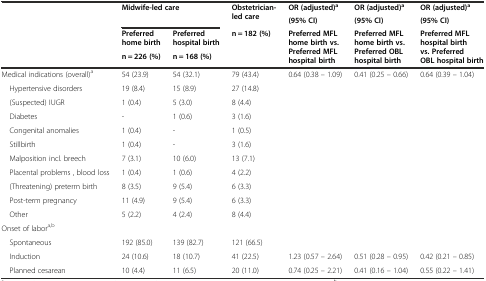
<table><thead><tr><td rowspan="2"></td><td rowspan="2" colspan="2"><b>Midwife-led care</b></td><td rowspan="2"><b>Obstetrician-led care</b></td><td><b>OR (adjusted)<sup>a</sup></b></td><td><b>OR (adjusted)<sup>a</sup></b></td><td><b>OR (adjusted)<sup>a</sup></b></td></tr><tr><td><b>(95% CI)</b></td><td><b>(95% CI)</b></td><td><b>(95% CI)</b></td></tr><tr><td rowspan="2"></td><td><b>Preferred home birth</b></td><td><b>Preferred hospital birth</b></td><td rowspan="2"><b>n = 182 (%)</b></td><td rowspan="2"><b>Preferred MFL home birth vs. Preferred MFL hospital birth</b></td><td rowspan="2"><b>Preferred MFL home birth vs. Preferred OBL hospital birth</b></td><td rowspan="2"><b>Preferred MFL hospital birth vs. Preferred OBL hospital birth</b></td></tr><tr><td><b>n = 226 (%)</b></td><td><b>n = 168 (%)</b></td></tr></thead><tbody><tr><td>Medical indications (overall)<sup>a</sup></td><td>54 (23.9)</td><td>54 (32.1)</td><td>79 (43.4)</td><td>0.64 (0.38 – 1.09)</td><td>0.41 (0.25 – 0.66)</td><td>0.64 (0.39 – 1.04)</td></tr><tr><td> Hypertensive disorders</td><td>19 (8.4)</td><td>15 (8.9)</td><td>27 (14.8)</td><td rowspan="10"></td><td rowspan="10"></td><td rowspan="10"></td></tr><tr><td> (Suspected) IUGR</td><td>1 (0.4)</td><td>5 (3.0)</td><td>8 (4.4)</td></tr><tr><td> Diabetes</td><td>-</td><td>1 (0.6)</td><td>3 (1.6)</td></tr><tr><td> Congenital anomalies</td><td>1 (0.4)</td><td>-</td><td>1 (0.5)</td></tr><tr><td> Stillbirth</td><td>1 (0.4)</td><td>-</td><td>3 (1.6)</td></tr><tr><td> Malposition incl. breech</td><td>7 (3.1)</td><td>10 (6.0)</td><td>13 (7.1)</td></tr><tr><td> Placental problems , blood loss</td><td>1 (0.4)</td><td>1 (0.6)</td><td>4 (2.2)</td></tr><tr><td> (Threatening) preterm birth</td><td>8 (3.5)</td><td>9 (5.4)</td><td>6 (3.3)</td></tr><tr><td> Post-term pregnancy</td><td>11 (4.9)</td><td>9 (5.4)</td><td>6 (3.3)</td></tr><tr><td> Other</td><td>5 (2.2)</td><td>4 (2.4)</td><td>8 (4.4)</td></tr><tr><td>Onset of labor<sup>a,</sup><sup>b</sup></td><td></td><td></td><td></td><td></td><td></td><td></td></tr><tr><td> Spontaneous</td><td>192 (85.0)</td><td>139 (82.7)</td><td>121 (66.5)</td><td></td><td></td><td></td></tr><tr><td> Induction</td><td>24 (10.6)</td><td>18 (10.7)</td><td>41 (22.5)</td><td>1.23 (0.57 – 2.64)</td><td>0.51 (0.28 – 0.95)</td><td>0.42 (0.21 – 0.85)</td></tr><tr><td> Planned cesarean</td><td>10 (4.4)</td><td>11 (6.5)</td><td>20 (11.0)</td><td>0.74 (0.25 – 2.21)</td><td>0.41 (0.16 – 1.04)</td><td>0.55 (0.22 – 1.41)</td></tr></tbody></table>